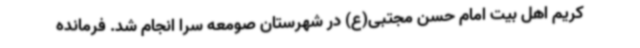
کریم اهل بیت امام حسن مجتبی(ع) در شهرستان صومعه سرا انجام شد. فرمانده